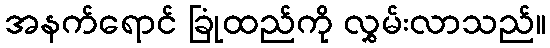
အနက်ရောင် ခြုံထည်ကို လွှမ်းလာသည်။